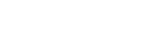
ပြုလုပ်ခဲ့ပါသည်